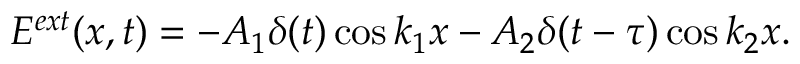
E ^ { e x t } ( x , t ) = - A _ { 1 } \delta ( t ) \cos k _ { 1 } x - A _ { 2 } \delta ( t - \tau ) \cos k _ { 2 } x .